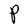
Character: P